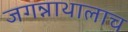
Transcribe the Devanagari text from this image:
जगन्नाथालाच